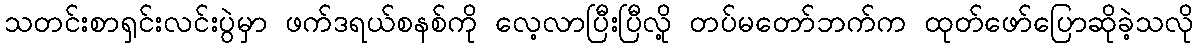
သတင်းစာရှင်းလင်းပွဲမှာ ဖက်ဒရယ်စနစ်ကို လေ့လာပြီးပြီလို့ တပ်မတော်ဘက်က ထုတ်ဖော်ပြောဆိုခဲ့သလို